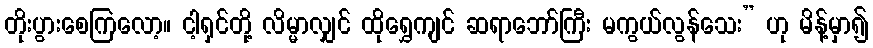
တိုးပွားစေကြလော့။ ငါ့ရှင်တို့ လိမ္မာလျှင် ထိုရွှေကျင် ဆရာဘော်ကြီး မကွယ်လွန်သေး” ဟု မိန့်မှာ၍